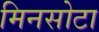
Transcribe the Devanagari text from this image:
मिनसोटा